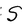
Character: S